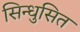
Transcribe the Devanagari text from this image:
सिन्धुसित